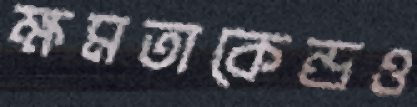
ক্ষমতাকেন্দ্রও